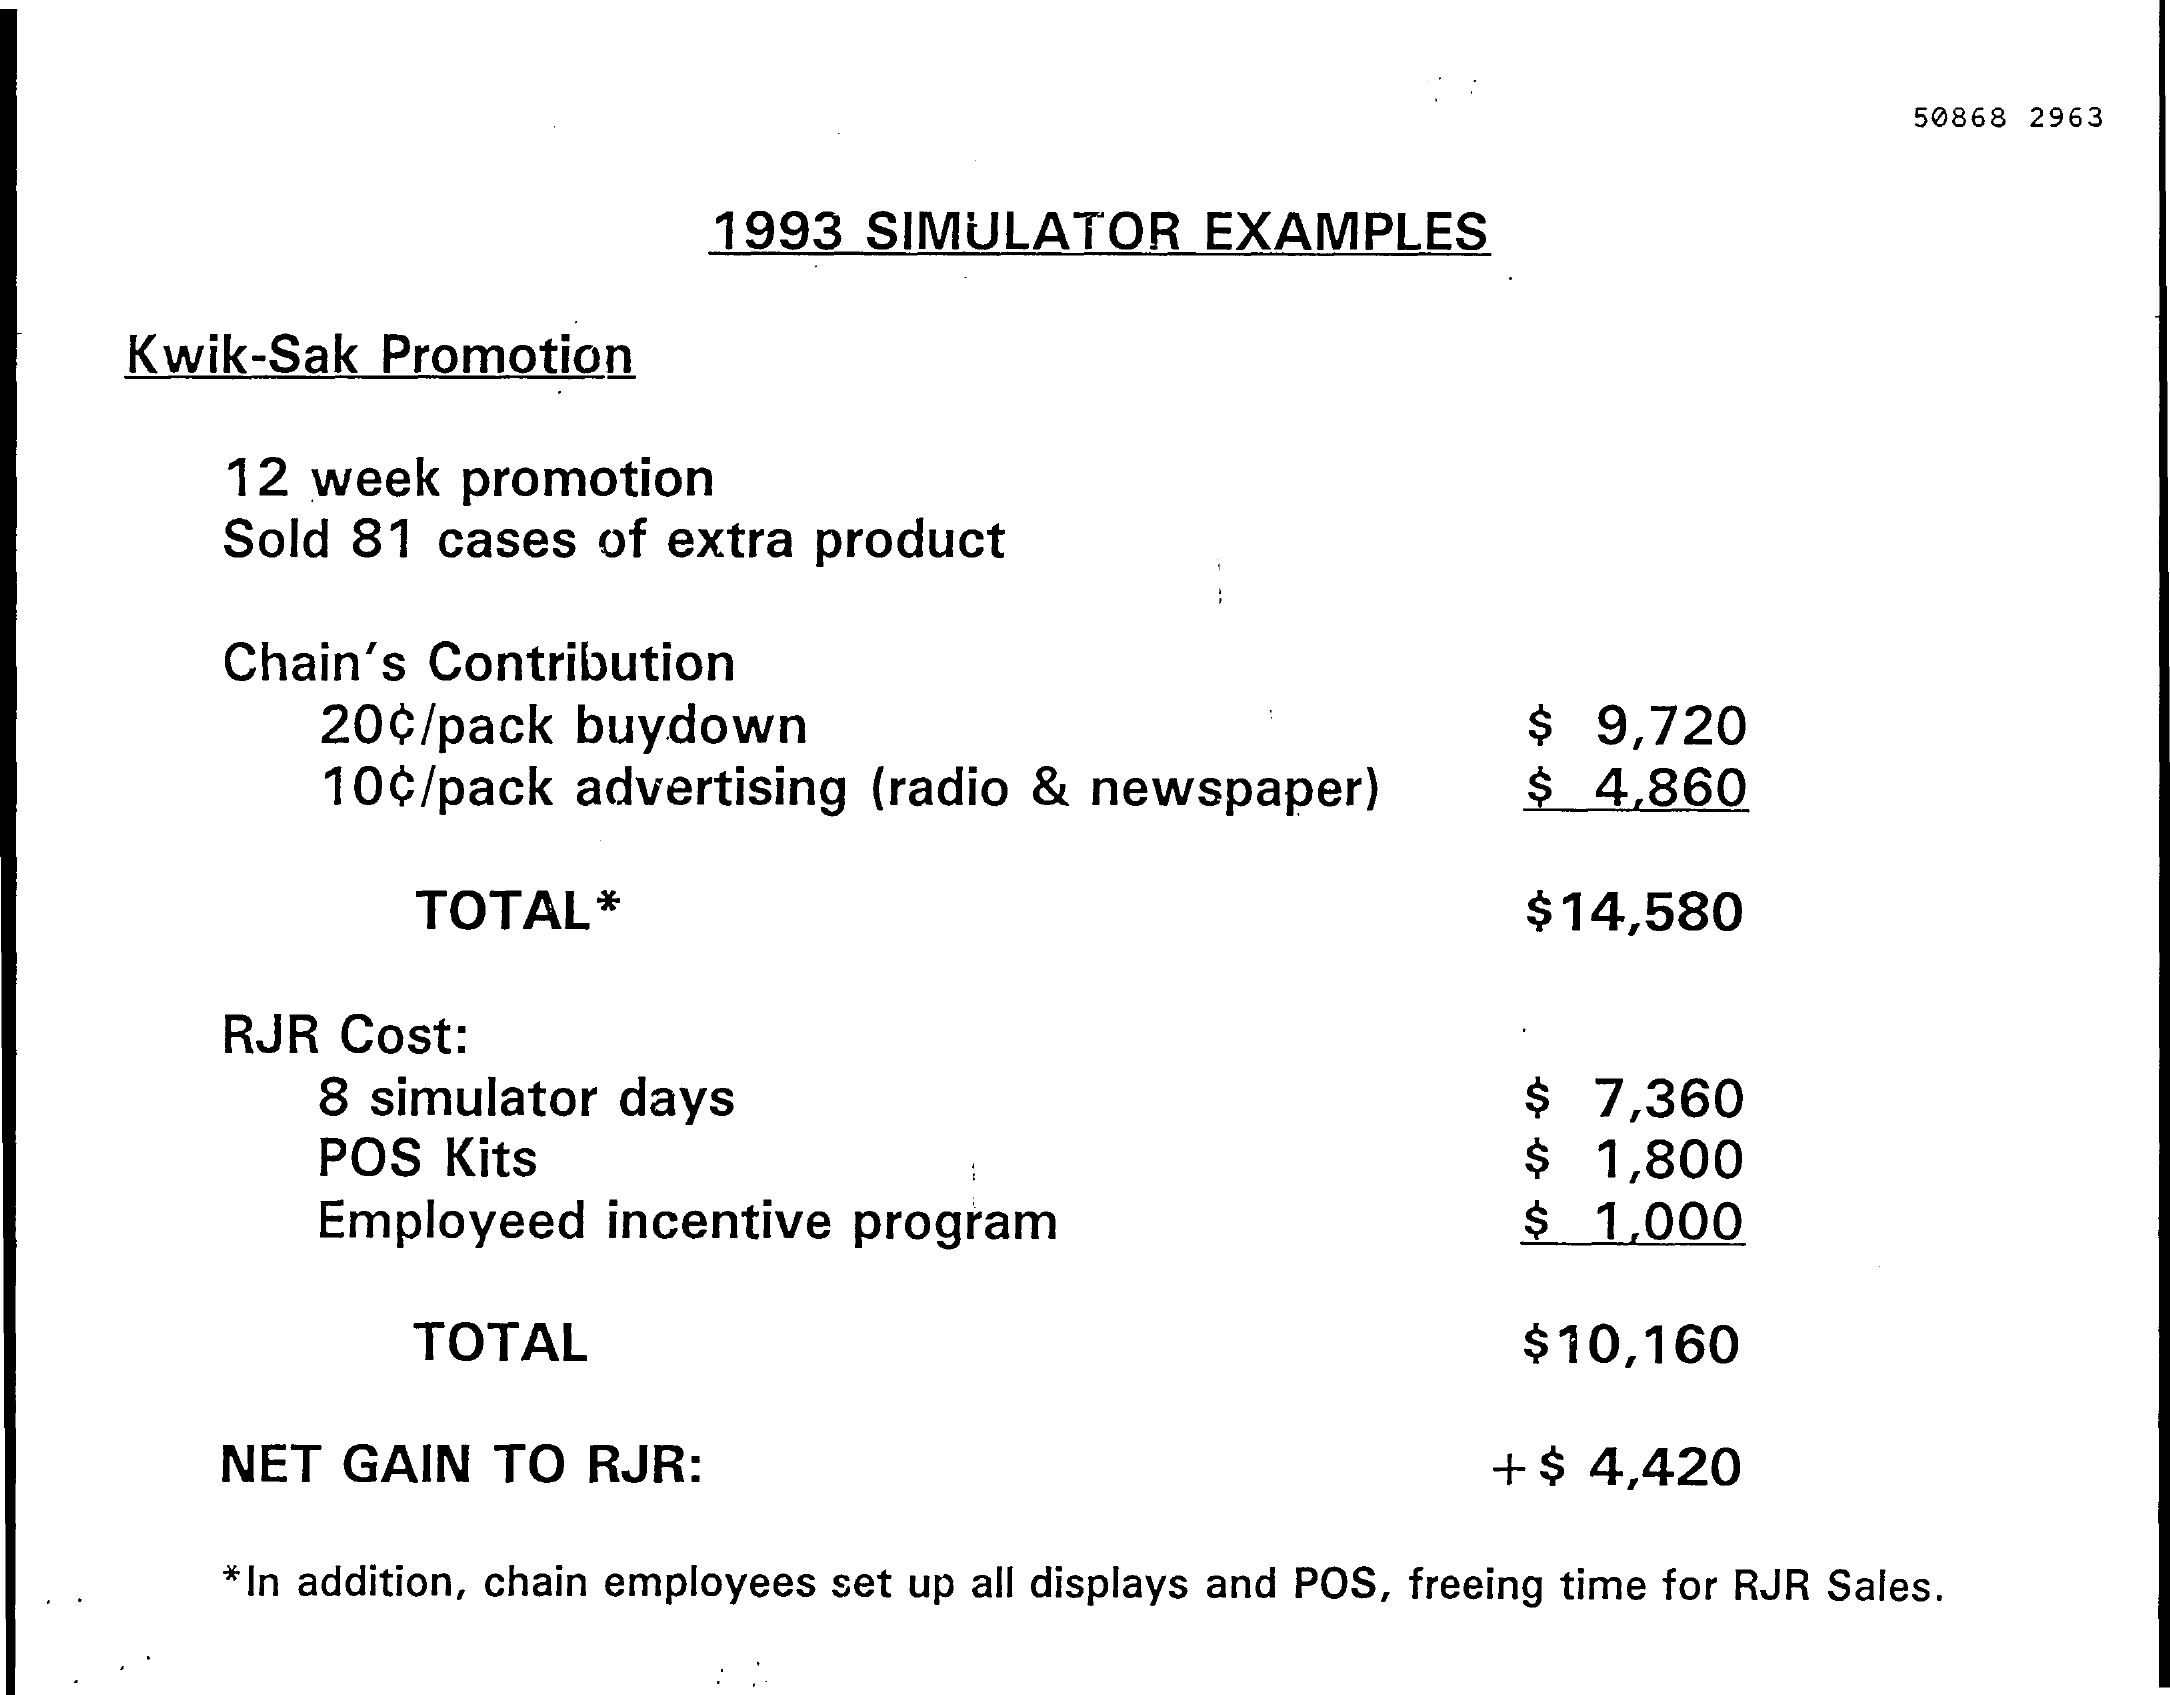
50868 2963
     1993  SIMULATOR    EXAMPLES
     Kwik-Sak  Promotion
     12 week  promotion
     Sold 81 cases  of extra product
     Chain's Contribution
     20¢/pack  buydown    $  9,720
     10¢/pack  advertising (radio &  newspaper)    $  4,860
     TOTAL*    $14,580
     RJR Cost:
     8 simulator days    $  7,360
     POS Kits    $  1,800
     Employeed  incentive  program    $  1,000
     TOTAL    $10,160
     NET GAIN   TO RJR:    + $ 4,420
     *In addition, chain employees set up all displays and POS, freeing time for RJR Sales.